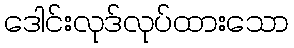
ဒေါင်းလုဒ်လုပ်ထားသော